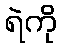
ရဲကို